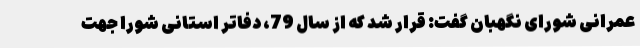
عمرانی شورای نگهبان گفت: قرار شد که از سال 79، دفاتر استانی شورا جهت